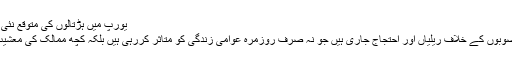
یورپ میں ہڑتالوں کی متوقع نئی لہر | معاشرہ | DW | 09.09.2010
یورپ بھر میں حکومتوں کے بچتی منصوبوں کے خلاف ریلیاں اور احتجاج جاری ہیں جو نہ صرف روزمرہ عوامی زندگی کو متاثر کررہی ہیں بلکہ کچھ ممالک کی معشیت کو بھی اس سے نقصان پہنچ رہا ہے۔